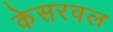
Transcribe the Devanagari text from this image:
केसरवल